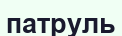
патруль